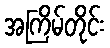
အကြိမ်တိုင်း